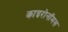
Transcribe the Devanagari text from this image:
काइरोनॉमस